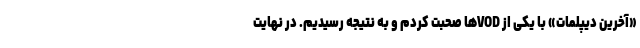
«آخرین دیپلمات» با یکی از VODها صحبت کردم و به نتیجه رسیدیم. در نهایت